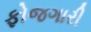
ફોજગારી